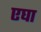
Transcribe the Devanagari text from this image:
एघा